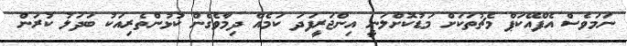
ނަމަވެސް އެފްއޭކަޕް މެޗުތަކަށް މަޑުކޮށްލަނީ އިންޖަރީފަދަ ކަމެއް ދިމާވެގެން ކުޅުންތެރިއަކު ބަދަލު ކުރަން